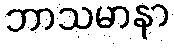
ဘာသမာနာ